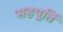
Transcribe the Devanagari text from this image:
सहपूर्ति